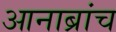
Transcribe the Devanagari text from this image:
आनाब्रांच